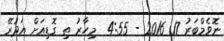
ނޮވެމްބަރު 17